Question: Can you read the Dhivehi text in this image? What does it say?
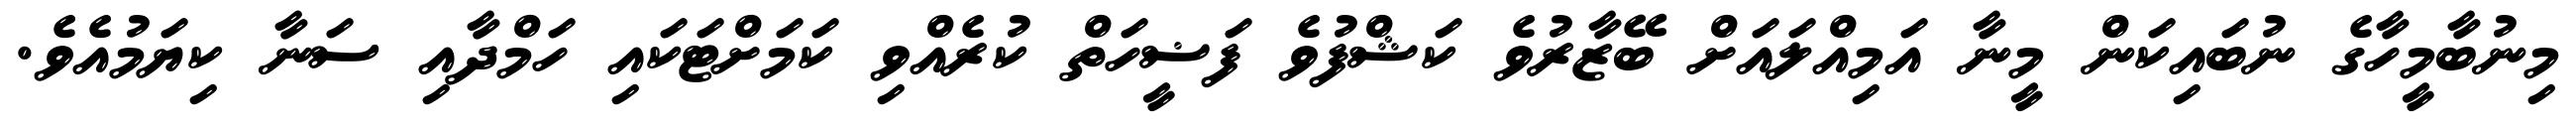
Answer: މިނުބާމީހާގެ ނުބައިކަން މީނާ އަމިއްލައަށް ބޭޒާރުވެ ކަޝްފުވެ ފަޟީހަތް ކުރެއްވި ކަމަށްޓަކައި ހަމްދާއި ސަނާ ކިޔަމުއެވެ.